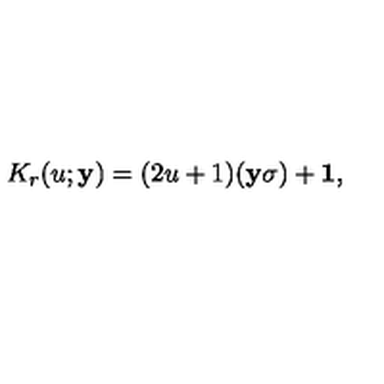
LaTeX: K _ { r } ( u ; { \bf y } ) = ( 2 u + 1 ) ( { \bf y } { \bf { \sigma } } ) + { \bf 1 } ,